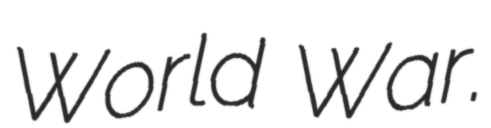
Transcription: World War.